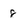
Character: 8